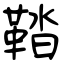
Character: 鞜